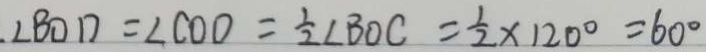
\angle B O D = \angle C O D = \frac { 1 } { 2 } \angle B O C = \frac { 1 } { 2 } \times 1 2 0 ^ { \circ } = 6 0 ^ { \circ }